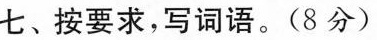
七、按要求，写词语。(8分)